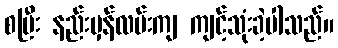
စပြီး နည်းမှန်လမ်းကျ ကျင့်သုံးခဲ့ပါသည်။